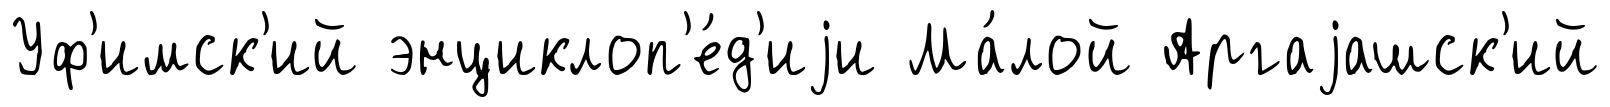
Уф'имск'ий энциклоп'е́д'иjи Ма́лой Аргаjашск'ий